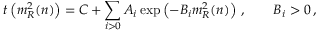
t \left( m _ { R } ^ { 2 } ( n ) \right) = C + \sum _ { i > 0 } A _ { i } \exp \left( - B _ { i } m _ { R } ^ { 2 } ( n ) \right) \, , \qquad B _ { i } > 0 \, ,